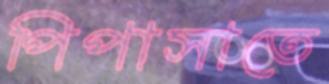
পিপাসাতে